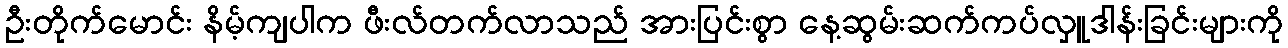
ဦးတိုက်မောင်း နိမ့်ကျပါက ဖီးလ်တက်လာသည် အားပြင်းစွာ နေ့ဆွမ်းဆက်ကပ်လှူဒါန်းခြင်းများကို